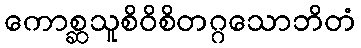
ကောစ္ဆသူစိဝိစိတဂ္ဂသောဘိတံ